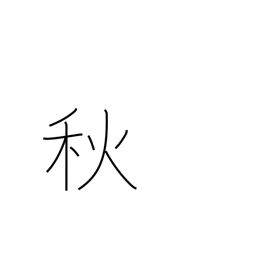
Meaning: autumn